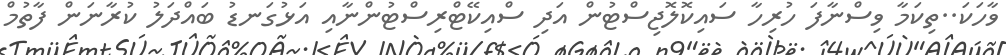
ވާހަކަ..ތިކަމާ ވިސްނާފަ ހުރިހާ ސައިކޮލޮޖިސްޓުން އަދި ސްއިކޭޓްރިސްޓުންނާއި އަޅުގަނޑު ބައްދަލު ކުރާނަން ފާތުމް